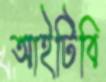
আইটিবি